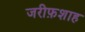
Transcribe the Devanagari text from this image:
जरीफ़शाह